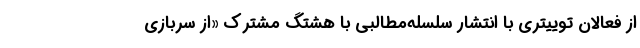
از فعالان توییتری با انتشار سلسله‌مطالبی با هشتگ مشترک «از سربازی